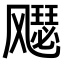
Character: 𫗋